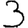
Digit: 3